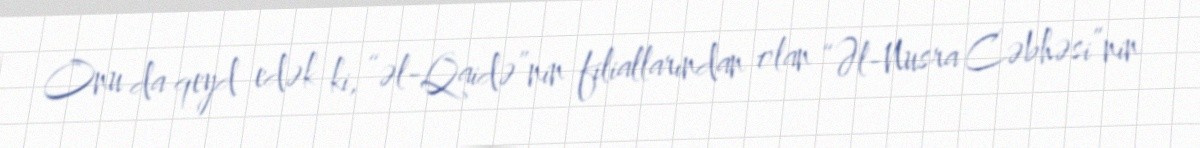
Onu da qeyd edək ki, “əl-Qaidə”nin filiallarından olan “Əl-Nusra Cəbhəsi”nin